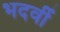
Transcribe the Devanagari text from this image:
भदर्वी